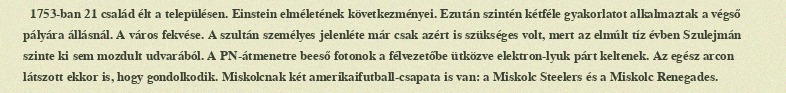
1753-ban 21 család élt a településen. Einstein elméletének következményei. Ezután szintén kétféle gyakorlatot alkalmaztak a végső pályára állásnál. A város fekvése. A szultán személyes jelenléte már csak azért is szükséges volt, mert az elmúlt tíz évben Szulejmán szinte ki sem mozdult udvarából. A PN-átmenetre beeső fotonok a félvezetőbe ütközve elektron-lyuk párt keltenek. Az egész arcon látszott ekkor is, hogy gondolkodik. Miskolcnak két amerikaifutball-csapata is van: a Miskolc Steelers és a Miskolc Renegades.